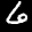
Label: 6